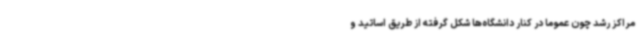
مراکز رشد چون عموما در کنار دانشگاه‌ها شکل گرفته از طریق اساتید و